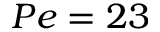
P e = 2 3